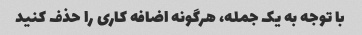
با توجه به یک جمله، هرگونه اضافه کاری را حذف کنید